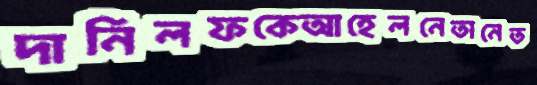
দানিলফকেআহেলনেতানেত